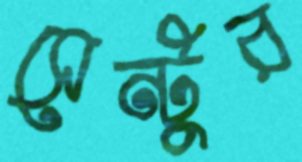
সেন্টুর